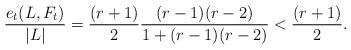
LaTeX: \begin{align*} \frac{e_{t}(L,F_t)}{|L|} = \frac{(r+1)}{2} \frac{(r-1)(r-2)}{1+(r-1)(r-2)} < \frac{(r+1)}{2}. \end{align*}